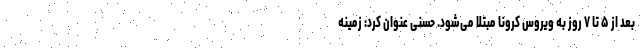
بعد از ۵ تا ۷ روز به ویروس کرونا مبتلا می‌شود. حسنی عنوان کرد: زمینه